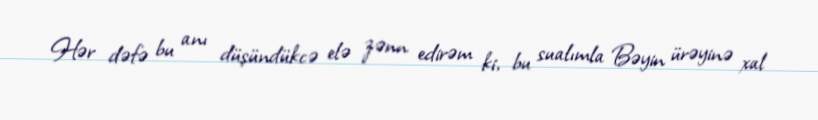
Hər dəfə bu anı düşündükcə elə zənn edirəm ki, bu sualımla Bəyin ürəyinə xal